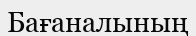
Бағаналының